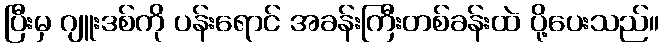
ပြီးမှ ဂျူးဒစ်ကို ပန်းရောင် အခန်းကြီးတစ်ခန်းထဲ ပို့ပေးသည်။